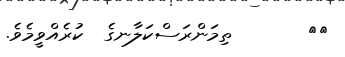
٦٨       ތިމަންރަސްކަލާނގެ  ކުރެއްވީމެވެ.